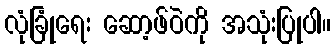
လုံခြုံရေး ဆော့ဖ်ဝဲကို အသုံးပြုပါ။